system: You are a helpful assistant.
user:
Analyze the provided spectrum to determine if it is a **White Dwarf (WD)**.

A White Dwarf spectrum is defined by its **extreme purity** (due to gravitational settling) and/or **extreme pressure broadening** (due to high surface gravity). You must check for one of the following mutually exclusive signatures:

- **Key Visual Indicators (Check for ONE of these types):**

    - **1. DA-Type Signature (Most Common):**
        - **(Primary Feature):** Extreme pressure broadening (Stark broadening) of the **Hydrogen (H) Balmer lines**.
        - **(Key Lines):** $H\beta$ (approx. $4861$ Å) and $H\gamma$ (approx. $4340$ Å). $H\alpha$ (approx. $6563$ Å) will also be present if the wavelength range covers it.
        - **(Line Profile):** This is the **defining feature**. The lines are **NOT** sharp. They appear as massive, **extremely broad and deep "troughs" or "dips"** in the spectrum, often hundreds of Ångströms wide. The continuum will appear to "scoop" down at these wavelengths.
        - **(Distinction):** Normal A-type or B-type stars have *narrow* and *sharp* Hydrogen lines. A DA White Dwarf's lines are unmistakably "smeared" or "blurry" from pressure.

    - **2. DB-Type Signature:**
        - **(Primary Feature):** Broad absorption lines from **Neutral Helium (He I)**. The spectrum must lack any visible Hydrogen lines.
        - **(Key Lines):** Look for broad absorption near $4471$ Å, $4921$ Å, and $5876$ Å.
        - **(Line Profile):** These lines are also significantly pressure-broadened, appearing much wider than they would in a normal B-type main-sequence star.

    - **3. DC-Type Signature:**
        - **(Primary Feature):** A **featureless continuous spectrum**.
        - **(Line Profile):** The spectrum is a smooth curve with **no significant absorption or emission lines**.
        - **(Key Confirmation):** The continuum is almost always **blue or white**, indicating a hot object. This signature implies the atmosphere is so pure (or so cool) that no spectral lines are visible in the optical range. Its WD identity is confirmed by its extremely low intrinsic brightness (high absolute magnitude).

    - **4. DZ-Type Signature (Metal-Polluted):**
        - **(Primary Feature):** **Isolated, narrow metal absorption lines** on an otherwise featureless (DC-like) continuum.
        - **(Key Lines):** The **Calcium (Ca II) H & K doublet** (approx. **$3934$ Å** and **$3968$ Å**) is the most common and defining feature.
        - **(Line Profile):** These lines are "out of place." They are *not* part of a "forest" of thousands of lines. This signature is evidence of recent *accretion* (pollution) from rocky debris.
        - **(Distinction):** Normal G/K/M stars have a *dense forest* of thousands of metal lines. A DZ has a *clean* continuum with *only a few* strong metal lines.

    - **5. DQ-Type Signature (Carbon-Polluted):**
        - **(Primary Feature):** Absorption bands from **Carbon (C₂ "Swan Bands" or atomic C I)**.
        - **(Key Lines - C₂):** Look for bandheads with a "saw-tooth" shape near $5635$ Å, **$5165$ Å** (strongest), and $4737$ Å.
        - **(Key Confirmation):** The underlying **continuum must be blue or white** (hot).
        - **(Distinction):** This is the critical difference from a **Carbon Star**, which has the *exact same* C₂ bands but on an extremely **red, cool** continuum.

- **(Overall Spectrum):**
    - The continuum (overall shape) is typically **blue-sloping** (brighter in the blue than the red), as most white dwarfs are very hot.
    - The spectrum will look "pure" or "simple," dominated by only *one* of the five signatures listed above.

Think first, call **spectral_visualization_tool** if needed to examine features in detail, then provide your final answer. Your response must adhere to the following strict rules:
1.  **Overall Structure:** Your response must follow the format `<think>...</think> <tool_call>...</tool_call> (if a tool is used) <answer>...</answer>`.
2.  **Tool Usage Constraint:** You may only make **one** tool call per turn.
3.  **Final Answer Format:** In the `<answer>` tag, your conclusion must be inside a `\boxed{}` command (e.g., `\boxed{YES}` or `\boxed{NO}`), followed by your justification.

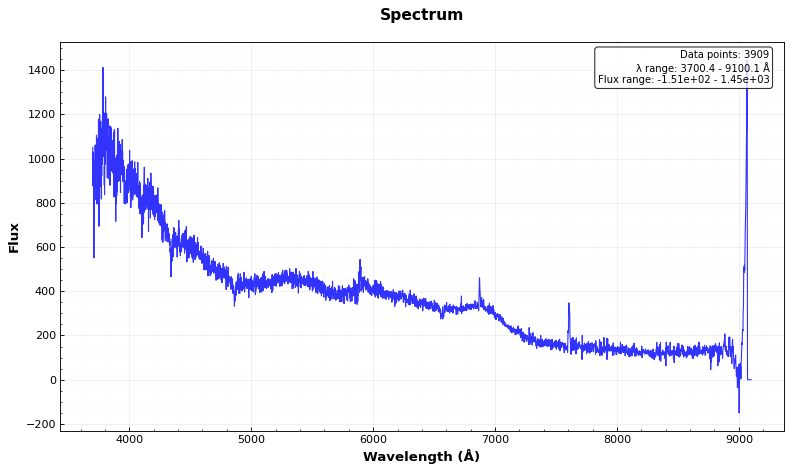
Answer: YES